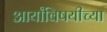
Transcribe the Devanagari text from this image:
आर्यांविषयीच्या